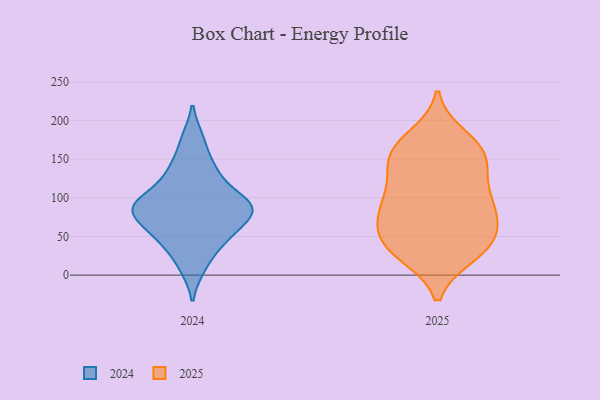
{"axis": {"x": "Production Output", "y": "Value"}, "legend": ["2024", "2025"], "data": [{"x": "", "y": 93, "type": "2024"}, {"x": "", "y": 93, "type": "2024"}, {"x": "", "y": 77, "type": "2024"}, {"x": "", "y": 44, "type": "2024"}, {"x": "", "y": 79, "type": "2024"}, {"x": "", "y": 63, "type": "2024"}, {"x": "", "y": 11, "type": "2024"}, {"x": "", "y": 96, "type": "2024"}, {"x": "", "y": 175, "type": "2024"}, {"x": "", "y": 91, "type": "2024"}, {"x": "", "y": 135, "type": "2024"}, {"x": "", "y": 133, "type": "2024"}, {"x": "", "y": 46, "type": "2024"}, {"x": "", "y": 47, "type": "2025"}, {"x": "", "y": 141, "type": "2025"}, {"x": "", "y": 104, "type": "2025"}, {"x": "", "y": 106, "type": "2025"}, {"x": "", "y": 78, "type": "2025"}, {"x": "", "y": 41, "type": "2025"}, {"x": "", "y": 163, "type": "2025"}, {"x": "", "y": 135, "type": "2025"}, {"x": "", "y": 151, "type": "2025"}, {"x": "", "y": 49, "type": "2025"}, {"x": "", "y": 31, "type": "2025"}, {"x": "", "y": 80, "type": "2025"}, {"x": "", "y": 27, "type": "2025"}, {"x": "", "y": 64, "type": "2025"}, {"x": "", "y": 85, "type": "2025"}, {"x": "", "y": 29, "type": "2025"}, {"x": "", "y": 164, "type": "2025"}, {"x": "", "y": 178, "type": "2025"}, {"x": "", "y": 161, "type": "2025"}, {"x": "", "y": 97, "type": "2025"}]}